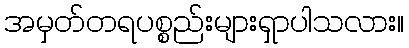
အမှတ်တရပစ္စည်းများရှာပါသလား။